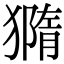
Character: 𤡪